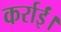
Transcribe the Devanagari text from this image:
कर्राईं।